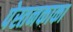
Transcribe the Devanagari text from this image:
पेस्तनकाका